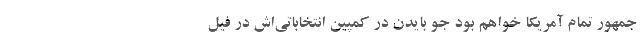
جمهور تمام آمریکا خواهم بود جو بایدن در کمپین انتخاباتی‌اش در فیل